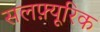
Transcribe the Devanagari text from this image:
सलफ़्यूरिक